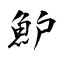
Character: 魲